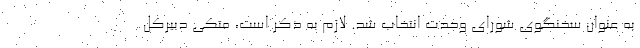
به عنوان سخنگوی شورای وحدت انتخاب شد. لازم به ذکر است، متکی دبیرکل